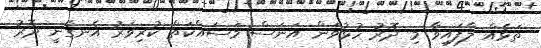
ތަޅެއް ލާފައިވާ މި ދޮރު ހުޅުވަން އަނަސް މަސައްކަތް ކުރިވަރު އެނގެނީ ދޮރު